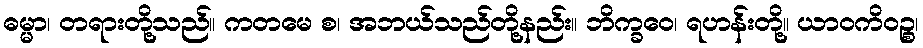
ဓမ္မာ၊ တရားတို့သည်။ ကတမေ စ၊ အဘယ်သည်တို့နည်း။ ဘိက္ခဝေ၊ ရဟန်းတို့။ ယာဝကိဝဉ္စ၊